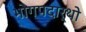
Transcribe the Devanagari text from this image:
भोगपदार्थो